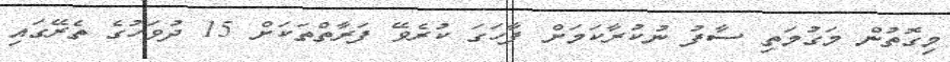
މިގޮތުން މަގުމަތި ސާފު ނުކުރާކަމަށް ފާހަގަ ކުރެވޭ ފަރާތްތަކަށް 15 ދުވަހުގެ ތެރޭގައި